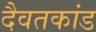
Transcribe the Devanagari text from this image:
दैवतकांड